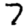
Digit: 7